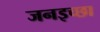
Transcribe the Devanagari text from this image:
जनइच्छा